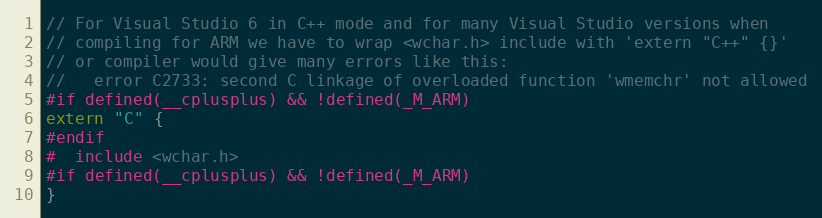
Language: C
// For Visual Studio 6 in C++ mode and for many Visual Studio versions when
// compiling for ARM we have to wrap <wchar.h> include with 'extern "C++" {}'
// or compiler would give many errors like this:
//   error C2733: second C linkage of overloaded function 'wmemchr' not allowed
#if defined(__cplusplus) && !defined(_M_ARM)
extern "C" {
#endif
#  include <wchar.h>
#if defined(__cplusplus) && !defined(_M_ARM)
}